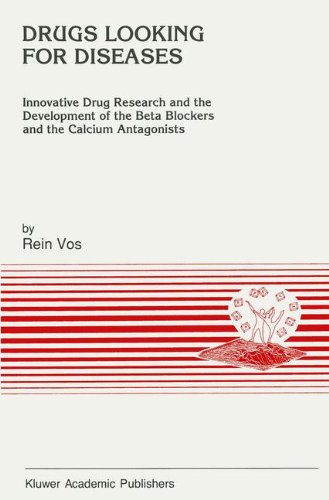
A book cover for Drugs Looking for Diseases: Innovative Drug Research and the Development of the Beta Blockers and the Calcium Antagonists (Developments in Cardiovascular Medicine); R. Vos; Medical Books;